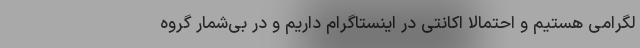
لگرامی هستیم و احتمالا اکانتی در اینستاگرام داریم و در بی‌شمار گروهِ